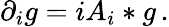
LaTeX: \partial_{i}g=iA_{i}*g\, .